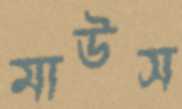
মাউস